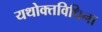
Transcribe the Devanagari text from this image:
यथोक्तविधिना